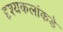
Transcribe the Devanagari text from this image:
दृश्यकलांकडे